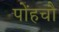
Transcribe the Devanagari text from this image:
पोंहचौ